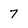
Character: 7